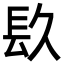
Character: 镹